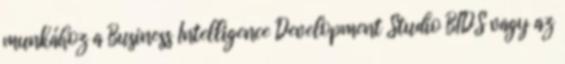
munkához a Business Intelligence Development Studio BIDS vagy az